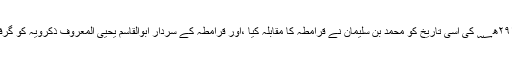
۶؍محرم ۲۹۱ھ؁ کی اسی تاریخ کو محمد بن سلیمان نے قرامطہ کا مقابلہ کیا ،اور قرامطہ کے سردار ابوالقاسم یحییٰ المعروف ذکرویہ کو گرفتار کرلیا۔